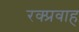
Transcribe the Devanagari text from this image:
रक्प्रवाह